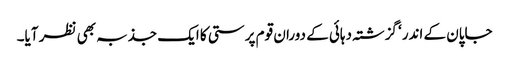
جاپان کے اندر‘ گزشتہ دہائی کے دوران قوم پرستی کا ایک جذبہ بھی نظر آیا۔